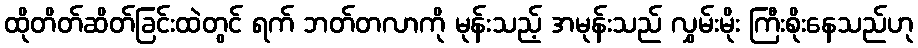
ထိုတိတ်ဆိတ်ခြင်းထဲတွင် ရက် ဘတ်တလာကို မုန်းသည့် အမုန်းသည် လွှမ်းမိုး ကြီးစိုးနေသည်ဟု